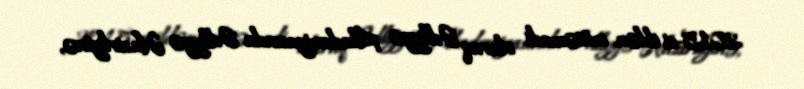
2015-ci ildən mütəmadi olaraq Ədliyyə Akademiyasında Ədliyyə Nazirliyinə,